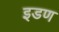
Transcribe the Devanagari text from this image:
इडण